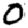
Digit: 0